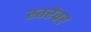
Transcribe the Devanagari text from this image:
स्तरेवर